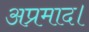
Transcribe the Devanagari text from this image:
अप्रमाद।